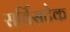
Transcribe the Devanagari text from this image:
सर्विसटेक